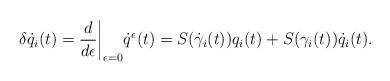
LaTeX: \begin{align*} \delta \dot q_i(t) &= \frac{d}{d\epsilon}\bigg|_{\epsilon=0} \dot q^{\epsilon}(t) =S(\dot \gamma_i(t)) q_i(t)+S(\gamma_i(t)) \dot q_i(t).\end{align*}